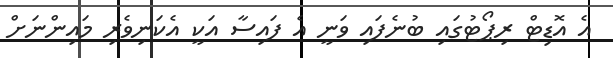
އެ އޮޑިޓް ރިޕޯޓުގައި ބުނެފައި ވަނީ އެ ފައިސާ އަކީ އެކަނިވެރި މައިންނަށް